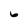
Character: 6